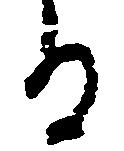
る